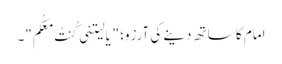
امام کا ساتھ دینے کی آرزو؛ "یَا لَیتَنِی کُنتُ مَعَکُم"۔